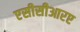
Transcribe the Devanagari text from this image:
एसीसीआरए